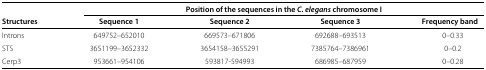
<table><thead><tr><td></td><td colspan="4"><b>Position of the sequences in the<i>C. elegans</i>chromosome I</b></td></tr><tr><td><b>Structures</b></td><td><b>Sequence 1</b></td><td><b>Sequence 2</b></td><td><b>Sequence 3</b></td><td><b>Frequency band</b></td></tr></thead><tbody><tr><td>Introns</td><td>649752–652010</td><td>669573–671806</td><td>692688–693513</td><td>0–0.33</td></tr><tr><td>STS</td><td>3651199–3652332</td><td>3654158–3655291</td><td>7385764–7386961</td><td>0–0.2</td></tr><tr><td>Cerp3</td><td>953661–954106</td><td>593817-594993</td><td>686985–687959</td><td>0–0.28</td></tr></tbody></table>